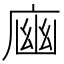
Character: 𢉾